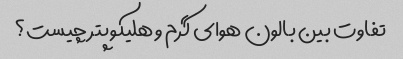
تفاوت بین بالون هوای گرم و هلیکوپتر چیست؟